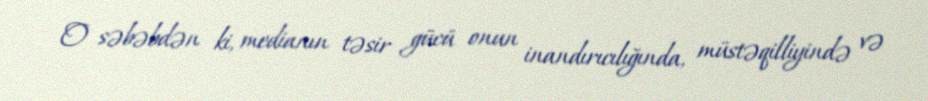
O səbəbdən ki, medianın təsir gücü onun inandırıcılığında, müstəqilliyində və